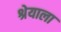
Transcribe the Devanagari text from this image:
श्रेयाला